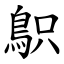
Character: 䳅